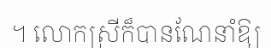
។ លោកស្រីក៏បានណែនាំឱ្យ